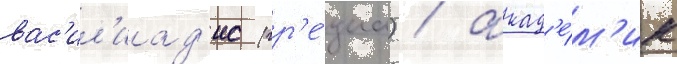
вас'ил'иад'ис (гр'е́циа) / акад'е́м'ик